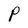
Character: P